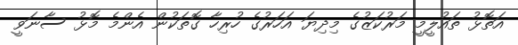
އަތޮޅު ތައުލީމީ މަރުކަޒުގެ މިދިޔަ އަހަރުގެ ހުރިހާ ގޮތަކުން އެންމެ މޮޅު ސާނަވީ